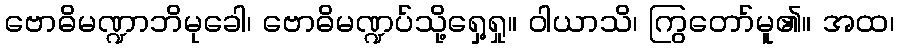
ဗောဓိမဏ္ဍာဘိမုခေါ၊ ဗောဓိမဏ္ဍပ်သို့ရှေ့ရှု။ ဝါယာသိ၊ ကြွတော်မူ၏။ အထ၊